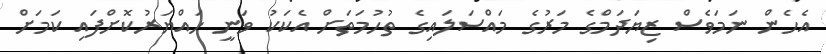
އެހެން ނަމަވެސް ޒިޔަދަމްގެ މަރުގެ މައްސަލައިގެ ތުހުމަތަށް އެކަކު ވަނީ ހައްޔަރުކޮށްފައި ކަމަށް